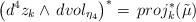
LaTeX: \begin{align*}\left(d^4z_k\wedge \,dvol_{\eta_4}\right)^*=\,proj^*_k(\tilde{\mu})\end{align*}